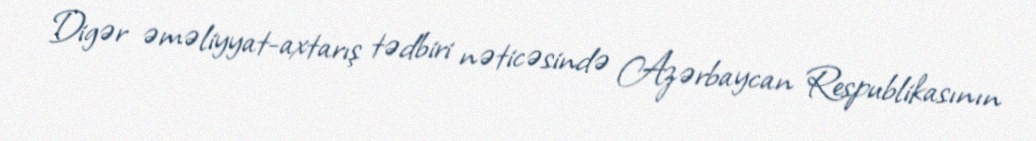
Digər əməliyyat-axtarış tədbiri nəticəsində Azərbaycan Respublikasının